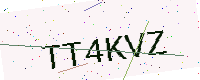
Text: TT4KVZ